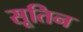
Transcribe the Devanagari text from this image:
सूतिन